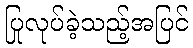
ပြုလုပ်ခဲ့သည့်အပြင်